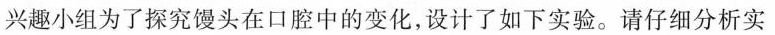
兴趣小组为了探究馒头在口腔中的变化，设计了如下实验。请仔细分析实